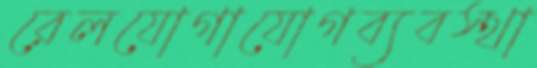
রেলযোগাযোগব্যবস্থা